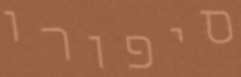
סיפורו